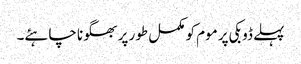
پہلے ڈوبکی پر موم کو مکمل طور پر بھگونا چاہئے۔